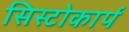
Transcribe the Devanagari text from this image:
सिस्टोकार्प